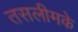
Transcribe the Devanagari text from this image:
तसलीमके